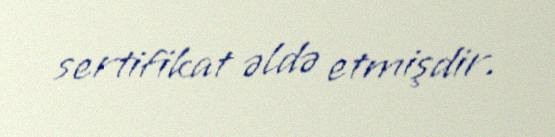
sertifikat əldə etmişdir.